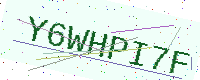
Text: Y6WHPI7F